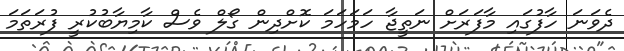
ދެވަނަ ހާފުގައި މާފަރަށް ނަތީޖާ ހަމަހަމަ ކޮށްދިން ގޯލް ވެސް ކާމިޔާބުކުރީ ފުރަތަމަ